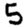
Digit: 5